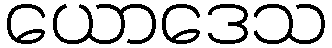
ယောဒေသ